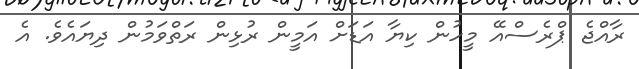
ރާއްޖެ ޕްރެސްއޭ މީހުން ކިޔާ އަޑަށް އަމީން ރުޅިން ރަތްވަމުން ދިޔައެވެ. އެ